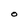
Character: O